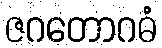
ဇဂတောဂဓံ